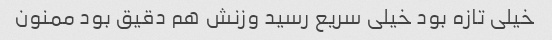
خیلی تازه بود خیلی سریع رسید وزنش هم دقیق بود ممنون